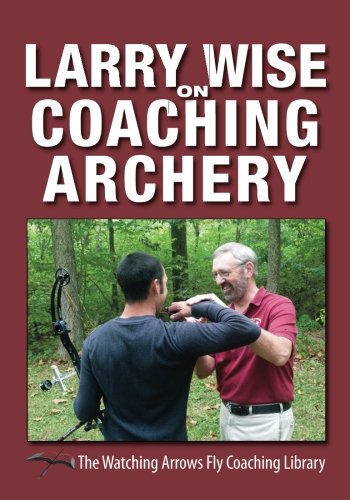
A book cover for Larry Wise on Coaching Archery; Larry Wise; Sports & Outdoors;